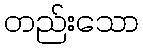
တည်းသော